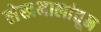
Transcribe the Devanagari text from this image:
लेखमालांतून